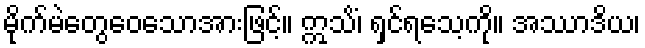
မိုက်မဲတွေဝေသောအားဖြင့်။ ဣသိံ၊ ရှင်ရသေ့ကို။ အဿာဒိယ၊